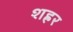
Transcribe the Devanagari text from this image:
शह्रर